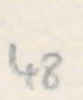
Transcription: 48